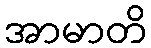
အာမာတိ